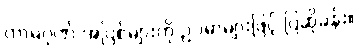
ကာမဂုဏ် အပြစ်များကို ဥပမာများဖြင့် ပြဆိုခန်း။